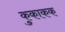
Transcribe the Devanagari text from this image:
कुकाकक